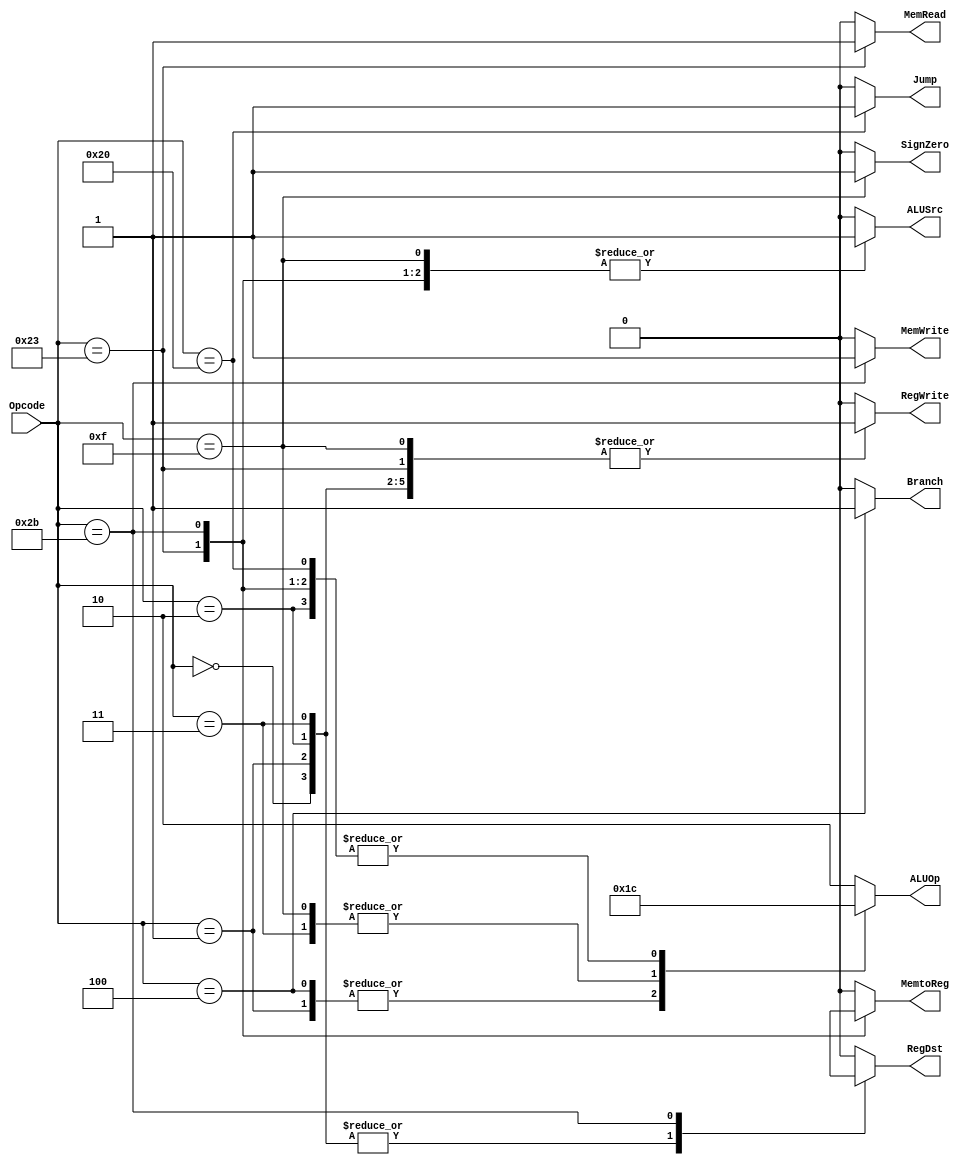
`timescale 1ns / 1ps

module ControlUnit(
output RegDst,
output ALUSrc,
output MemtoReg,
output RegWrite,
output MemRead,
output MemWrite,
output Branch,
output Jump,
output SignZero,
//output pcSrc,
output [1:0 ]ALUOp,
input [5:0]Opcode
);

reg tempRegDst,tempALUSrc,tempMemtoReg,tempRegWrite,tempMemRead,tempMemWrite,tempBranch,tempJump,tempSignZero;
reg [1:0] tempALUOp;

always @(*)

begin
casex (Opcode)
 6'b000000 : begin // R - type   Add
    tempRegDst = 1'b1;
    tempALUSrc = 1'b0;
    tempMemtoReg= 1'b0;
    tempRegWrite= 1'b1;
    tempMemRead = 1'b0;
    tempMemWrite= 1'b0;
    tempBranch = 1'b0;
    tempALUOp = 2'b10;
    tempJump = 1'b0;
    tempSignZero= 1'b0;
    end
	 6'b000001 : begin // R - type   Sub
    tempRegDst = 1'b1;
    tempALUSrc = 1'b0;
    tempMemtoReg= 1'b0;
    tempRegWrite= 1'b1;
    tempMemRead = 1'b0;
    tempMemWrite= 1'b0;
    tempBranch = 1'b0;
    tempALUOp = 2'b01;
    tempJump = 1'b0;
    tempSignZero= 1'b0;
    end
	 6'b000010 : begin // R - type   OR
    tempRegDst = 1'b1;
    tempALUSrc = 1'b0;
    tempMemtoReg= 1'b0;
    tempRegWrite= 1'b1;
    tempMemRead = 1'b0;
    tempMemWrite= 1'b0;
    tempBranch = 1'b0;
    tempALUOp = 2'b00;
    tempJump = 1'b0;
    tempSignZero= 1'b0;
    end
	 6'b000011 : begin // R - type   AND
    tempRegDst = 1'b1;
    tempALUSrc = 1'b0;
    tempMemtoReg= 1'b0;
    tempRegWrite= 1'b1;
    tempMemRead = 1'b0;
    tempMemWrite= 1'b0;
    tempBranch = 1'b0;
    tempALUOp = 2'b11;
    tempJump = 1'b0;
    tempSignZero= 1'b0;
    end
 6'b100011 : begin // lw - load word
     tempRegDst = 1'b0;
     tempALUSrc = 1'b1;
     tempMemtoReg= 1'b1;
     tempRegWrite= 1'b1;
     tempMemRead = 1'b1;
     tempMemWrite= 1'b0;
     tempBranch = 1'b0;
     tempALUOp = 2'b00;
     tempJump = 1'b0;
     tempSignZero= 1'b0; // sign extend
    end
 6'b101011 : begin // sw - store word
     tempRegDst = 1'bx;
     tempALUSrc = 1'b1;
     tempMemtoReg= 1'bx;
     tempRegWrite= 1'b0;
     tempMemRead = 1'b0;
     tempMemWrite= 1'b1;
     tempBranch = 1'b0;
     tempALUOp = 2'b00;
     tempJump = 1'b0;
     tempSignZero= 1'b0;
    end
 6'b000100 : begin // bne - branch if equal
     tempRegDst = 1'b0;
     tempALUSrc = 1'b0;
     tempMemtoReg= 1'b0;
     tempRegWrite= 1'b0;
     tempMemRead = 1'b0;
     tempMemWrite= 1'b0;
     tempBranch = 1'b1;
     tempALUOp = 2'b01;
     tempJump = 1'b0;
     tempSignZero= 1'b0; // sign extend
    end
 6'b001111 : begin // XORI - XOR immidiate
     tempRegDst = 1'b0;
     tempALUSrc = 1'b1;
     tempMemtoReg= 1'b0;
     tempRegWrite= 1'b1;
     tempMemRead = 1'b0;
     tempMemWrite= 1'b0;
     tempBranch = 1'b0;
     tempALUOp = 2'b11;
     tempJump = 1'b0;
     tempSignZero= 1'b1; // zero extend
    end
 6'b100000 : begin // j - Jump
     tempRegDst = 1'b0;
     tempALUSrc = 1'b0;
     tempMemtoReg= 1'b0;
     tempRegWrite= 1'b0;
     tempMemRead = 1'b0;
     tempMemWrite= 1'b0;
     tempBranch = 1'b0;
     tempALUOp = 2'b00;
     tempJump = 1'b1;
     tempSignZero= 1'b0;
    end
 default : begin 
     tempRegDst = 1'b0;
     tempALUSrc = 1'b0;
     tempMemtoReg= 1'b0;
     tempRegWrite= 1'b0;
     tempMemRead = 1'b0;
     tempMemWrite= 1'b0;
     tempBranch = 1'b0;
     tempALUOp = 2'b10;
     tempJump = 1'b0;
     tempSignZero= 1'b0;
    end
 
endcase
end


assign  RegDst       =    tempRegDst;
assign  ALUSrc       =    tempALUSrc;
assign  MemtoReg     =    tempMemtoReg;
assign  RegWrite     =    tempRegWrite;
assign  MemRead      =    tempMemRead ;
assign  MemWrite     =    tempMemWrite;
assign  Branch       =    tempBranch; 
assign  ALUOp        =    tempALUOp; 
assign  Jump         =    tempJump;
assign  SignZero     =    tempSignZero;


endmodule